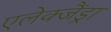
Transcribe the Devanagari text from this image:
एलेक्जैंड्रा